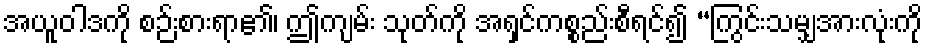
အယူဝါဒကို စဉ်းစားရာ၏၊ ဤကျမ်း သုတ်ကို အရှင်ကစ္စည်းစီရင်၍ “ကြွင်းသမျှအားလုံးကို